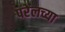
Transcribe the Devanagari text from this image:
परेलच्या